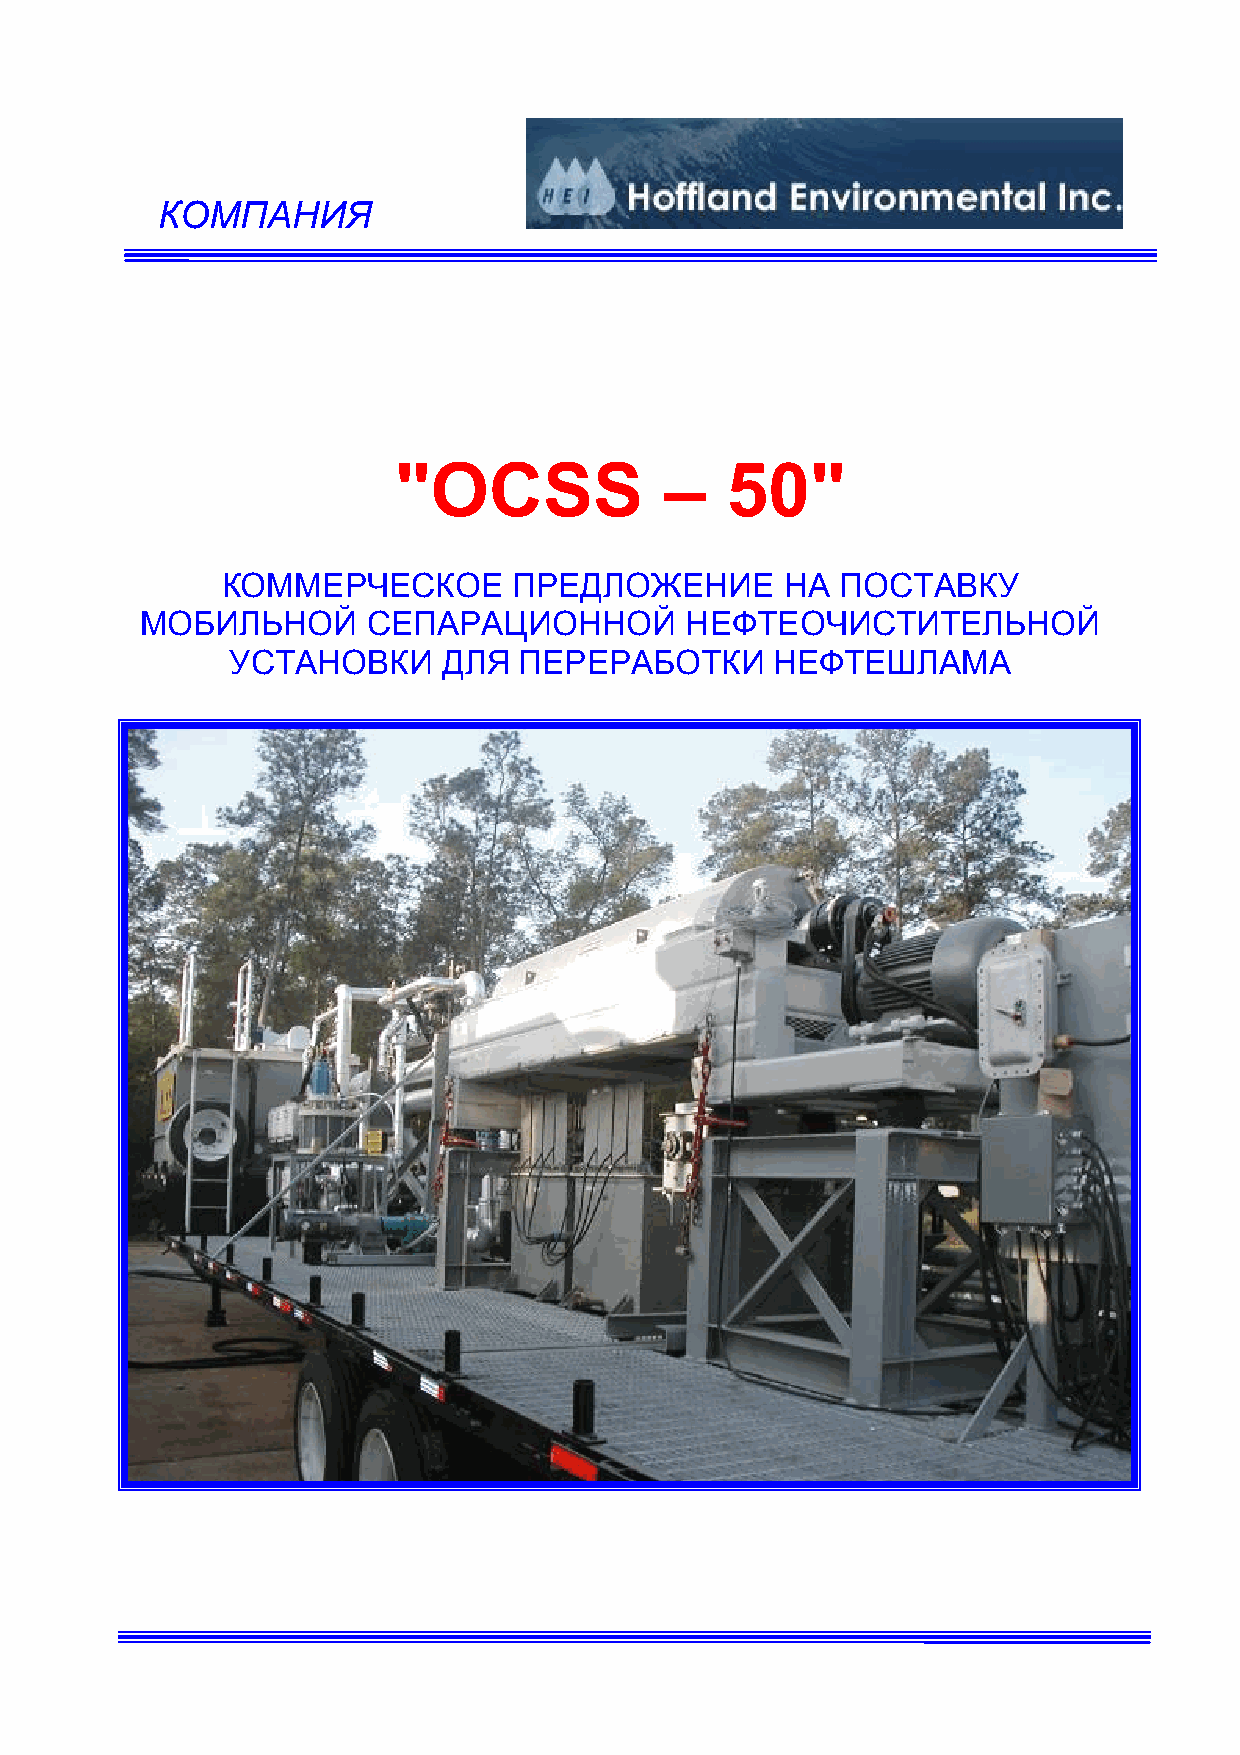
КОМПАНИЯ
 "OCSS             –   50"
 КОММЕРЧЕСКОЕ       ПРЕДЛОЖЕНИЕ       НА  ПОСТАВКУ
 МОБИЛЬНОЙ      СЕПАРАЦИОННОЙ        НЕФТЕОЧИСТИТЕЛЬНОЙ
 УСТАНОВКИ     ДЛЯ  ПЕРЕРАБОТКИ      НЕФТЕШЛАМА